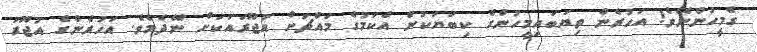
ގެމީހުންނޭވެ! އަހުރެން ތިޔަބައިމީހުންގެ ކިބަޔަކުން އެކަމުގެ މައްޗަށް އުޖޫރައަކަށް ނޭދެމެވެ. އަހުރެންގެ އުޖޫރަ